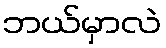
ဘယ်မှာလဲ